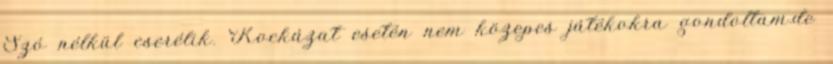
Szó nélkül cserélik. Kockázat esetén nem közepes játékokra gondoltam.de